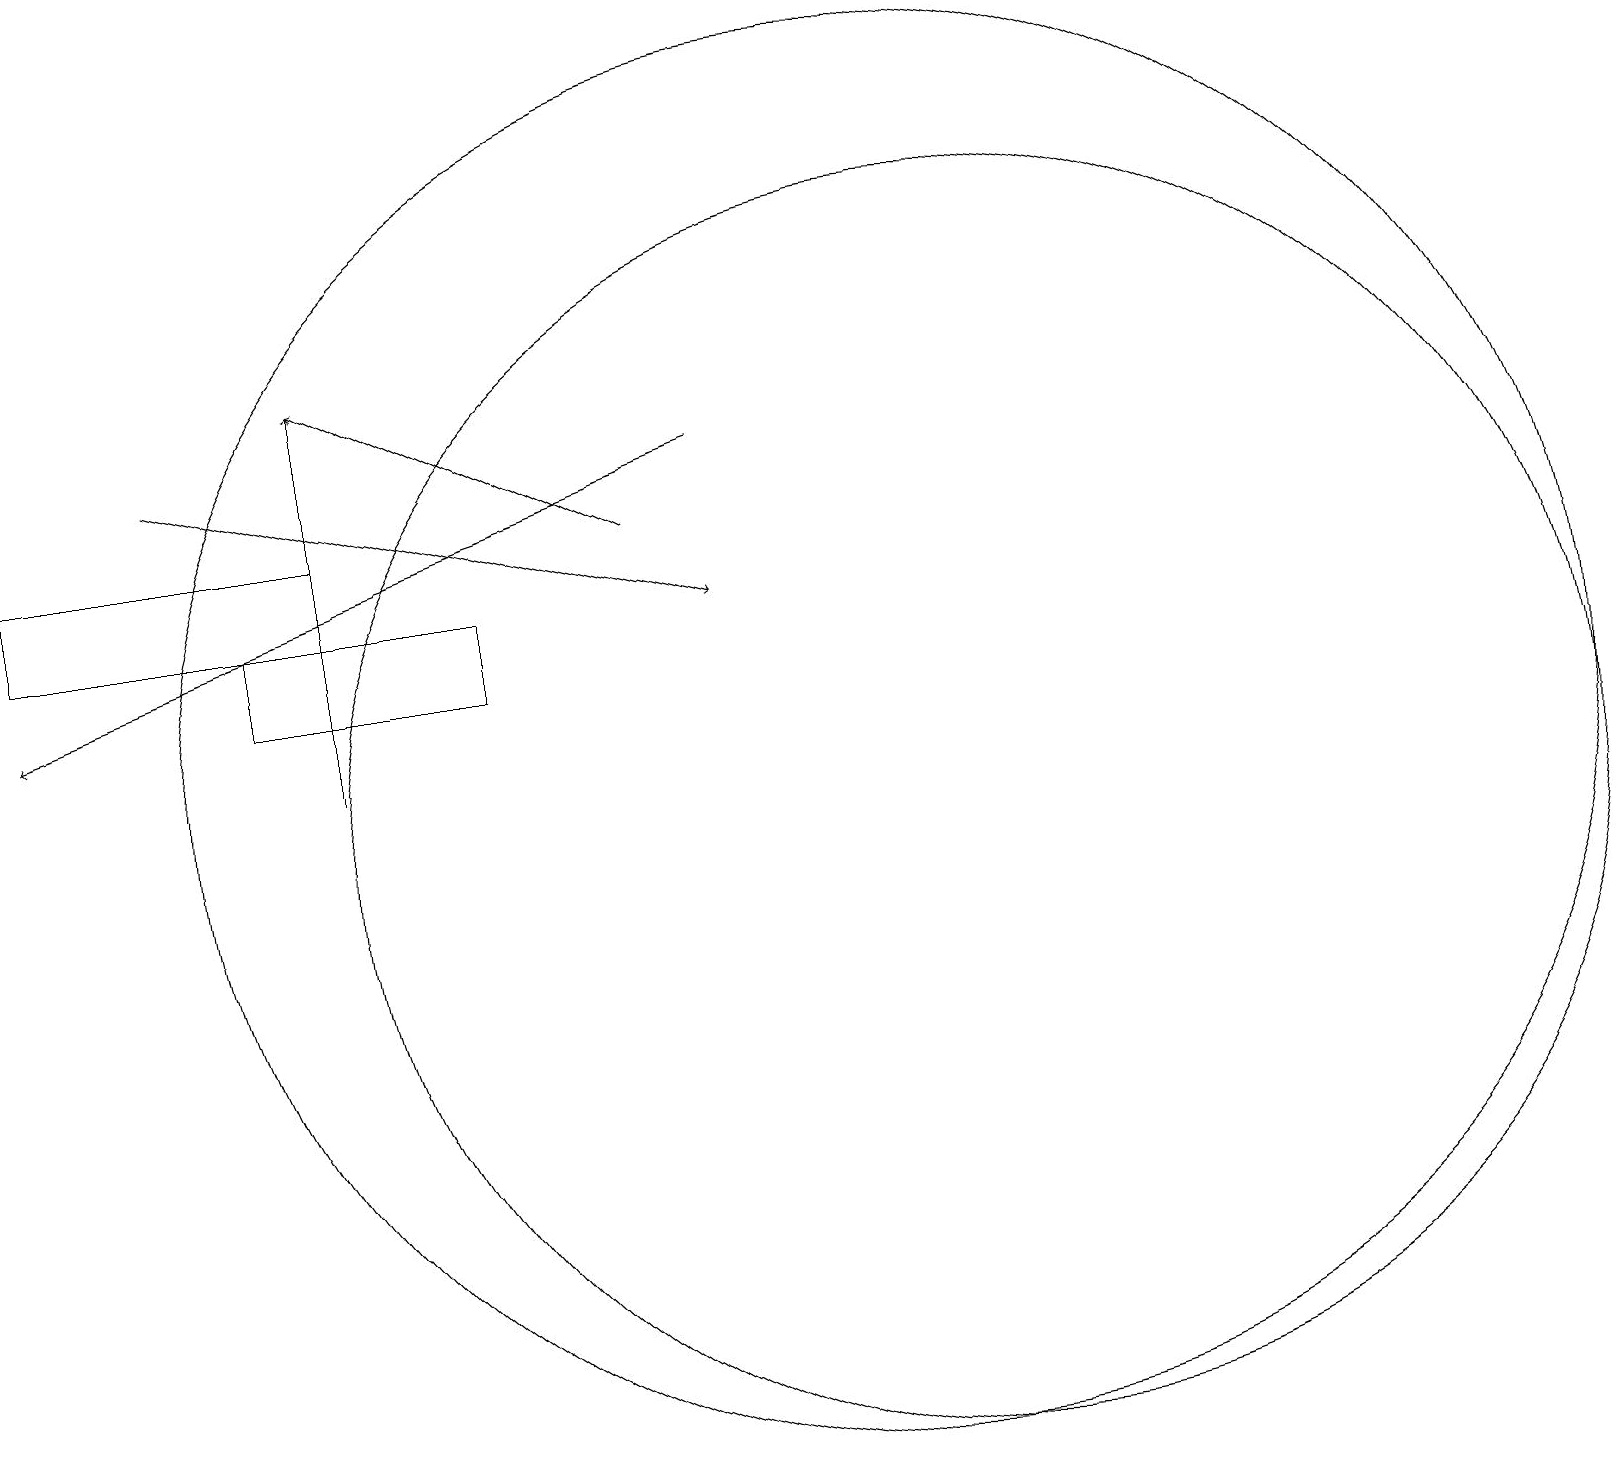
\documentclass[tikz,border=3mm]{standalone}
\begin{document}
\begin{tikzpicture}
\draw[->] (2,15) -- (9,13);
\draw[->] (8,14) -- (4,16);
\draw (11,11) circle (9);
\draw (3,13) rectangle (6,12);
\draw (0,14) rectangle (4,13);
\draw (12,10) circle (8);
\draw[->] (4,11) -- (4,16);
\draw[->] (9,15) -- (0,12);
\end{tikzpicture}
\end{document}